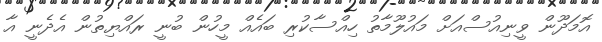
އޮމަދޫން ވީނިއުސްއަށް މައުލޫމާތު ހިއްސާކުރި ބައެއް މީހުން ބުނީ ރައްޔިތުން އެދެނީ އާ